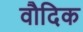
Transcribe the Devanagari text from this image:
वौदिक